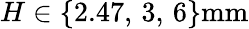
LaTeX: H\in\{ 2.47,\, 3,\, 6\} \mathrm{mm}